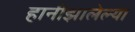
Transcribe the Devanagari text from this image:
हानीझालेल्या